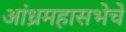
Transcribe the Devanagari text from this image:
आंध्रमहासभेचे